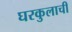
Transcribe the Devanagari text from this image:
घरकुलाची